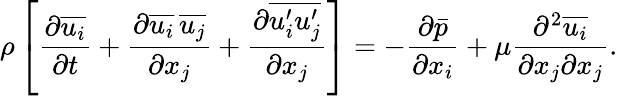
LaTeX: \rho\left[{\frac{\partial{\overline{{u_{i}}}}}{\partial t}}+{\frac{\partial{\overline{{u_{i}}}}\, {\overline{{u_{j}}}}}{\partial x_{j}}}+{\frac{\partial{\overline{{u_{i}^{\prime}u_{j}^{\prime}}}}}{\partial x_{j}}}\right]=-{\frac{\partial{\bar{p}}}{\partial x_{i}}}+\mu{\frac{\partial^{2}{\overline{{u_{i}}}}}{\partial x_{j}\partial x_{j}}}.